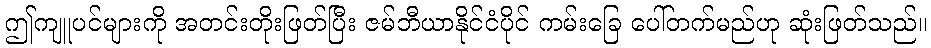
ဤကျူပင်များကို အတင်းတိုးဖြတ်ပြီး ဇမ်ဘီယာနိုင်ငံပိုင် ကမ်းခြေ ပေါ်တက်မည်ဟု ဆုံးဖြတ်သည်။